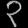
Digit: ၃